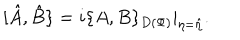
[ \hat { A } , \hat { B } \} = i \{ A , B \} _ { D ( \Phi ) } | _ { \eta = \hat { \eta } } .